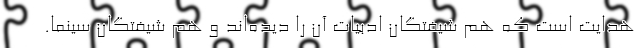
هدایت است که هم شیفتگانِ ادبیات آن را دیده‌اند و هم شیفتگان سینما.